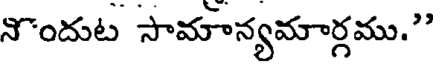
నొందుట సామాన్యమార్గము."